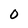
Character: O